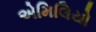
એમિલિયો